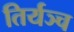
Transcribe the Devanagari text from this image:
तिर्यञ्च